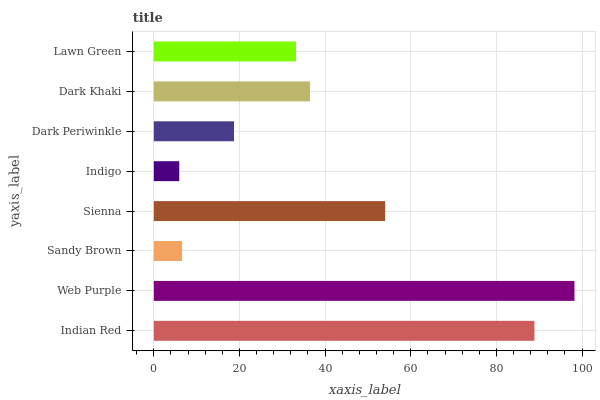
| yaxis_label | bars |
 | --- | --- |
 | Indian Red | 88.9 |
 | Web Purple | 98.2 |
 | Sandy Brown | 6.6 |
 | Sienna | 54 |
 | Indigo | 5.94 |
 | Dark Periwinkle | 18.7 |
 | Dark Khaki | 36.5 |
 | Lawn Green | 33.2 |